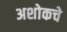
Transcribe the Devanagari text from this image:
अशोकचे